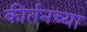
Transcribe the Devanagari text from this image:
कीर्तनच्या